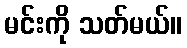
မင်းကို သတ်မယ်။